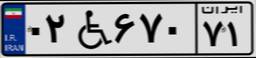
۰۲W۶۷۰۷۱